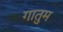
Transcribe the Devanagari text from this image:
गातुम